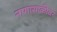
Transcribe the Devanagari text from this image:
नागासाकीवर